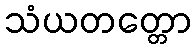
သံယတတ္တော